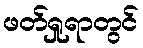
ဖတ်ရှုရာတွင်